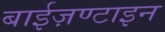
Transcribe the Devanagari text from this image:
बाईज़ण्टाइन